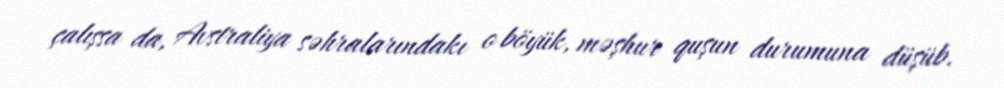
çalışsa da, Avstraliya səhralarındakı o böyük, məşhur quşun durumuna düşüb.